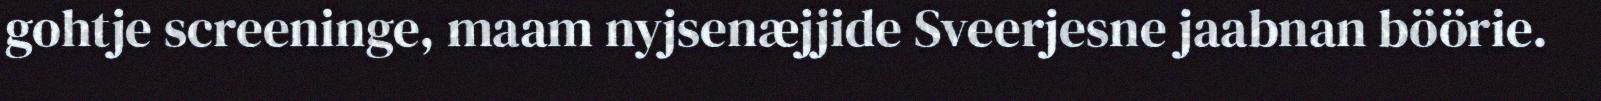
gohtje screeninge, maam nyjsenæjjide Sveerjesne jaabnan böörie.